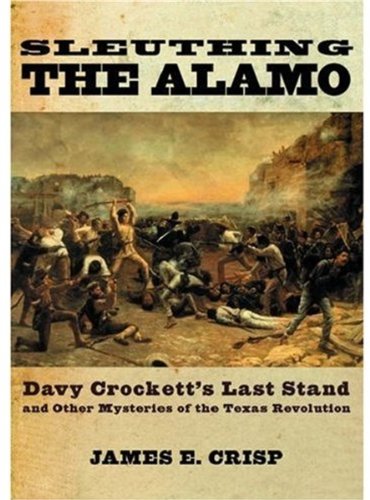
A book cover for Sleuthing the Alamo: Davy Crockett's Last Stand and Other Mysteries of the Texas Revolution (New Narratives in American History); James E. Crisp; History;